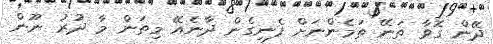
ދޭން ގޮވާ ތަނޭ ތަމެންނަށް ފެނިގެން ދާނެއޭ މިތަން މާ ދުރު ނޫން